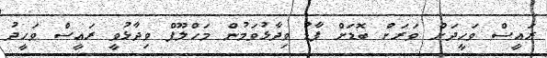
ރައީސް ވަހީދަށް ވަރަށް ބޮޑަށް ފާޑު ވިދާޅުވަމުން މަހްލޫފް ވިދާޅުވީ ރައީސް ވަހީދު